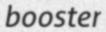
booster